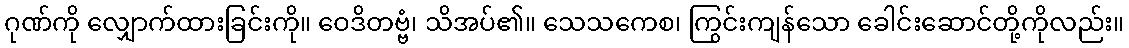
ဂုဏ်ကို လျှောက်ထားခြင်းကို။ ဝေဒိတဗ္ဗံ၊ သိအပ်၏။ သေသကေစ၊ ကြွင်းကျန်သော ခေါင်းဆောင်တို့ကိုလည်း။